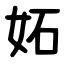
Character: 妬